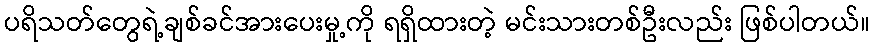
ပရိသတ်တွေရဲ့ချစ်ခင်အားပေးမှု့ကို ရရှိထားတဲ့ မင်းသားတစ်ဦးလည်း ဖြစ်ပါတယ်။